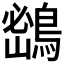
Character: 𪂨